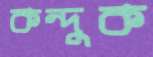
কন্দুক